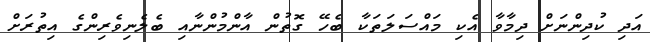
އަދި ކުދިންނަށް ދިމާވާ އެކި މައްސަލަތަކާ ބެހޭ ގޮތުން އާންމުންނާއި ބެލެނިވެރިންގެ އިތުރަށް